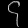
Digit: ၄